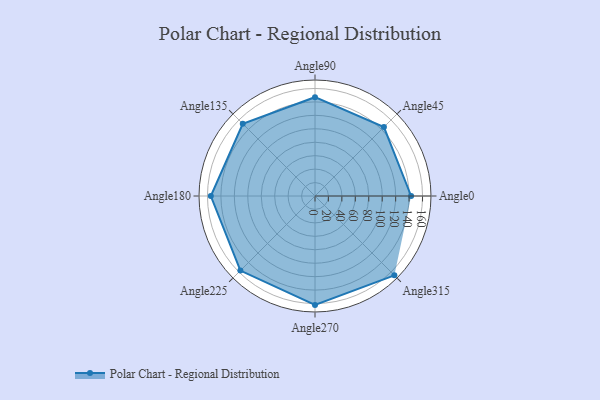
{"axis": {"x": "Angle", "y": "Radius"}, "legend": [""], "data": [{"x": "Angle0", "y": 143.0, "type": ""}, {"x": "Angle45", "y": 145.0, "type": ""}, {"x": "Angle90", "y": 147.0, "type": ""}, {"x": "Angle135", "y": 152.0, "type": ""}, {"x": "Angle180", "y": 155.0, "type": ""}, {"x": "Angle225", "y": 157.0, "type": ""}, {"x": "Angle270", "y": 162.0, "type": ""}, {"x": "Angle315", "y": 167.0, "type": ""}]}